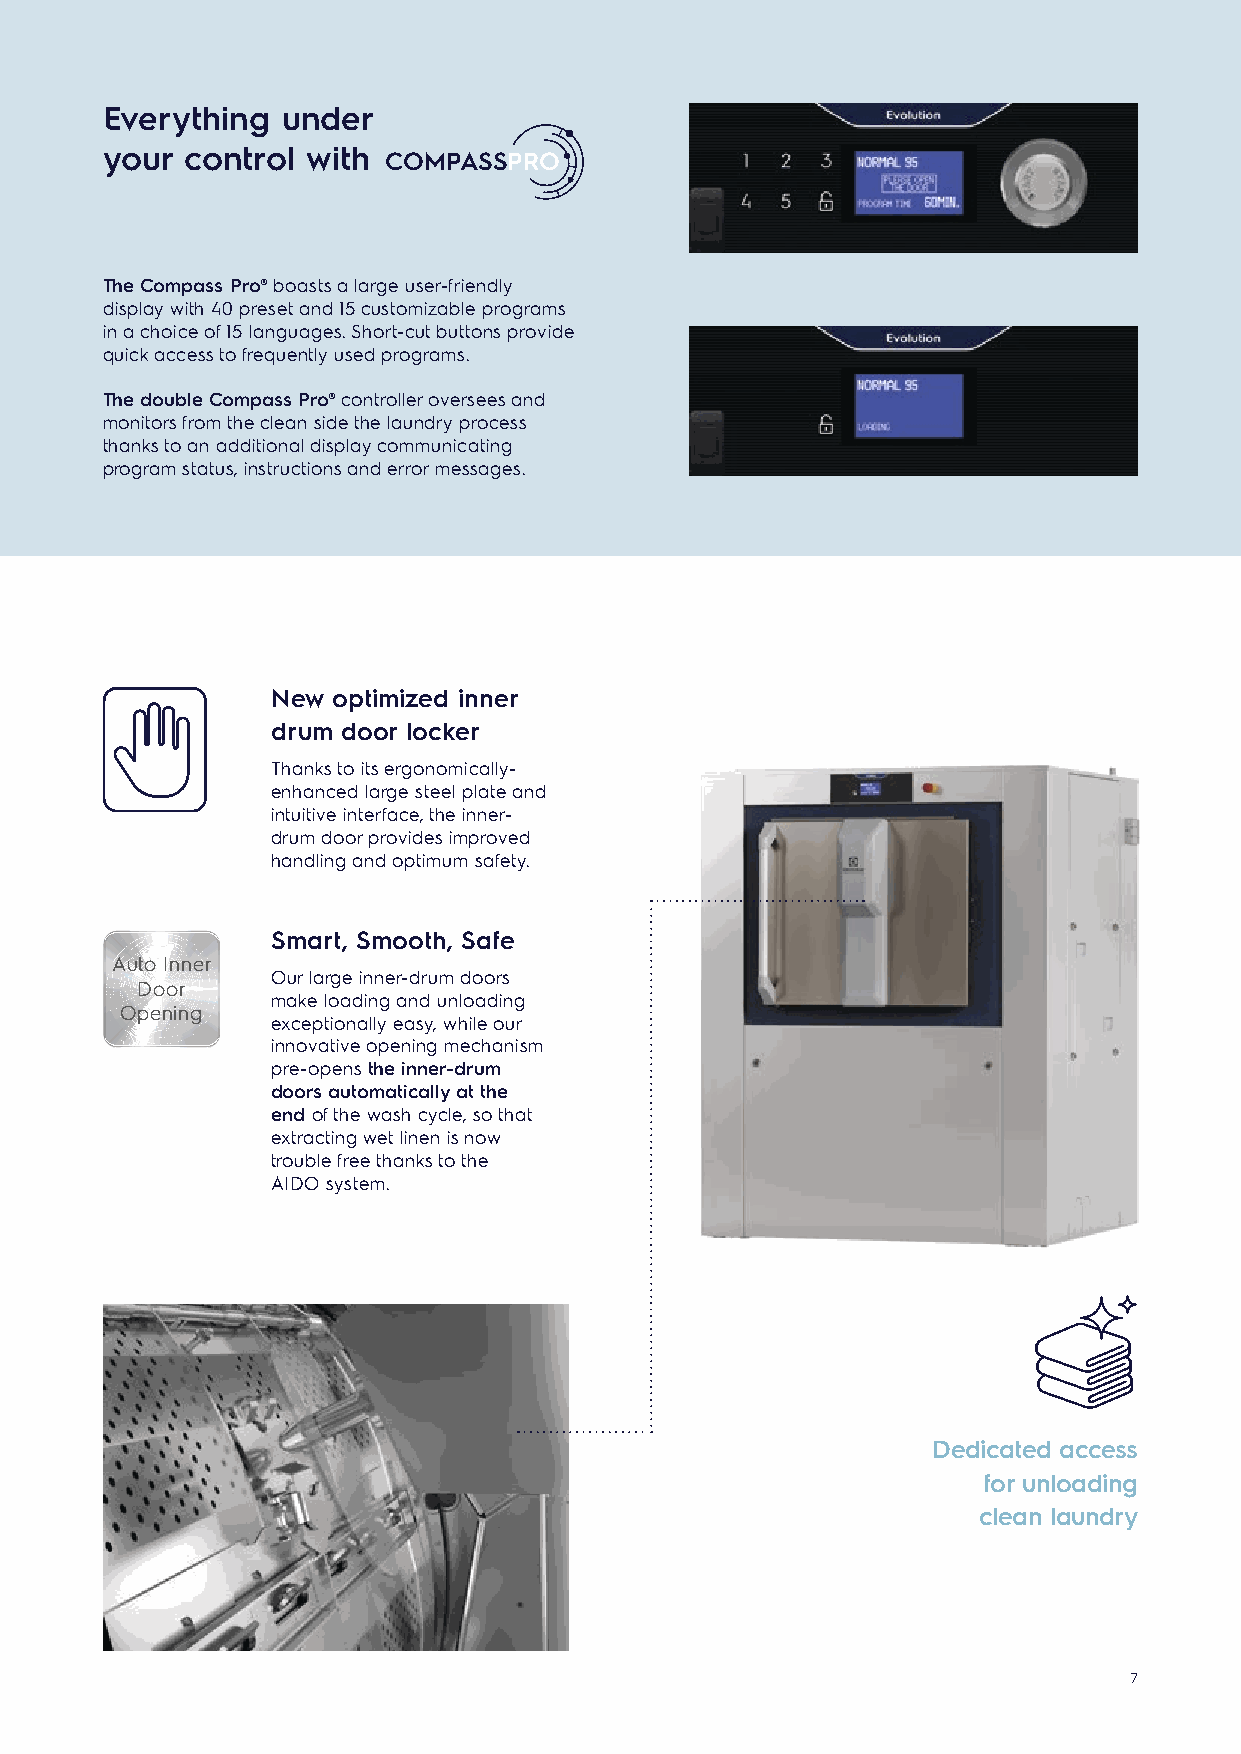
Everything  under
 your control with
 COMPASSPRO
 The Compass Pro® boasts a large user-friendly
 display with 40 preset and 15 customizable programs
 in a choice of 15 languages. Short-cut buttons provide
 quick access to frequently used programs.
 The double Compass Pro® controller oversees and
 monitors from the clean side the laundry process
 thanks to an additional display communicating
 program status, instructions and error messages.
 New optimized inner
 drum door locker
 Thanks to its ergonomically-
 enhanced large steel plate and
 intuitive interface, the inner-
 drum door provides improved
 handling and optimum safety.
 Smart, Smooth, Safe
 Auto Inner
 Our large inner-drum doors
 Door
 make loading and unloading
 Opening
 exceptionally easy, while our
 innovative opening mechanism
 pre-opens the inner-drum
 doors automatically at the
 end of the wash cycle, so that
 extracting wet linen is now
 trouble free thanks to the
 AIDO system.
 Dedicated access
 for unloading
 clean laundry
 7